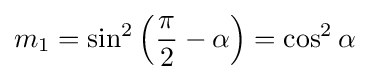
m_{1}=\sin ^{2}\left({\frac {\pi }{2}}-\alpha \right)=\cos ^{2}\alpha